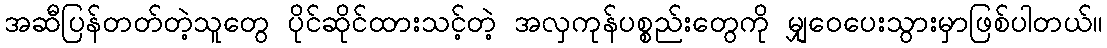
အဆီပြန်တတ်တဲ့သူတွေ ပိုင်ဆိုင်ထားသင့်တဲ့ အလှကုန်ပစ္စည်းတွေကို မျှဝေပေးသွားမှာဖြစ်ပါတယ်။